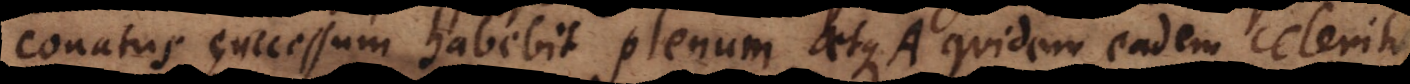
conatus successum habebit plenum, atque A quidem eadem celeritate